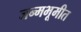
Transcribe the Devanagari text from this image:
जन्मभूमीत